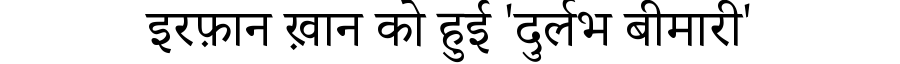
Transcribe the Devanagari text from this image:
इरफ़ान ख़ान को हुई 'दुर्लभ बीमारी'